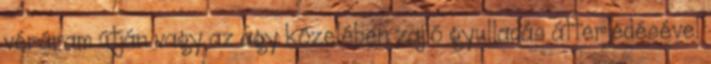
véráram útján vagy az agy közelében zajló gyulladás átterjedésével